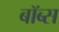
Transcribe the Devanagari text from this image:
बॉब्स